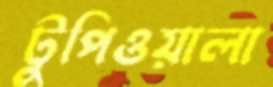
টুপিওয়ালা